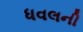
ધવલની